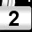
Digit: 2